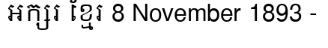
ឣក្សរ ខ្មែរ 8 November 1893 -